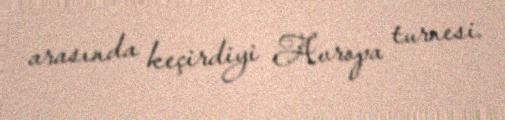
arasında keçirdiyi Avropa turnesi.